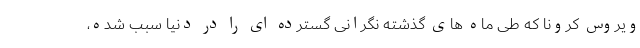
ویروس کرونا که طی ماه های گذشته نگرانی گسترده ای را در دنیا سبب شده،